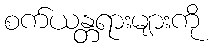
စက်ယန္တရားများကို